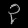
Digit: ၃